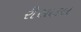
રીસાકલ